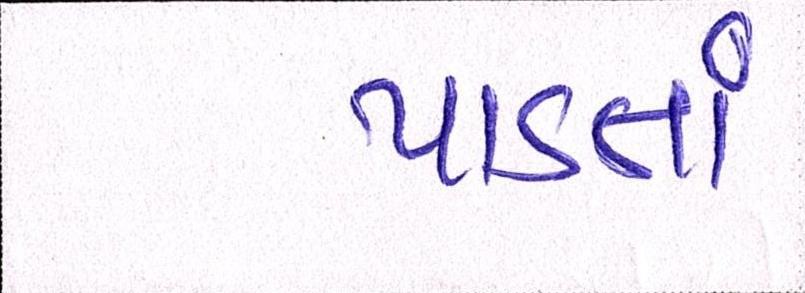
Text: પાડતાં